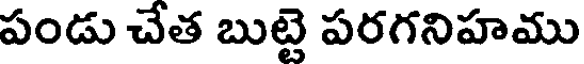
పండు చేత బుట్టె పరగనిహము